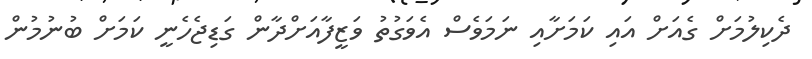
ދެކިލުމަށް ގެއަށް އައި ކަމަށާއި ނަމަވެސް އެވަގުތު ވަޒީފާއަށްދާން ގަޑިޖެހެނީ ކަމަށް ބުނުމުން